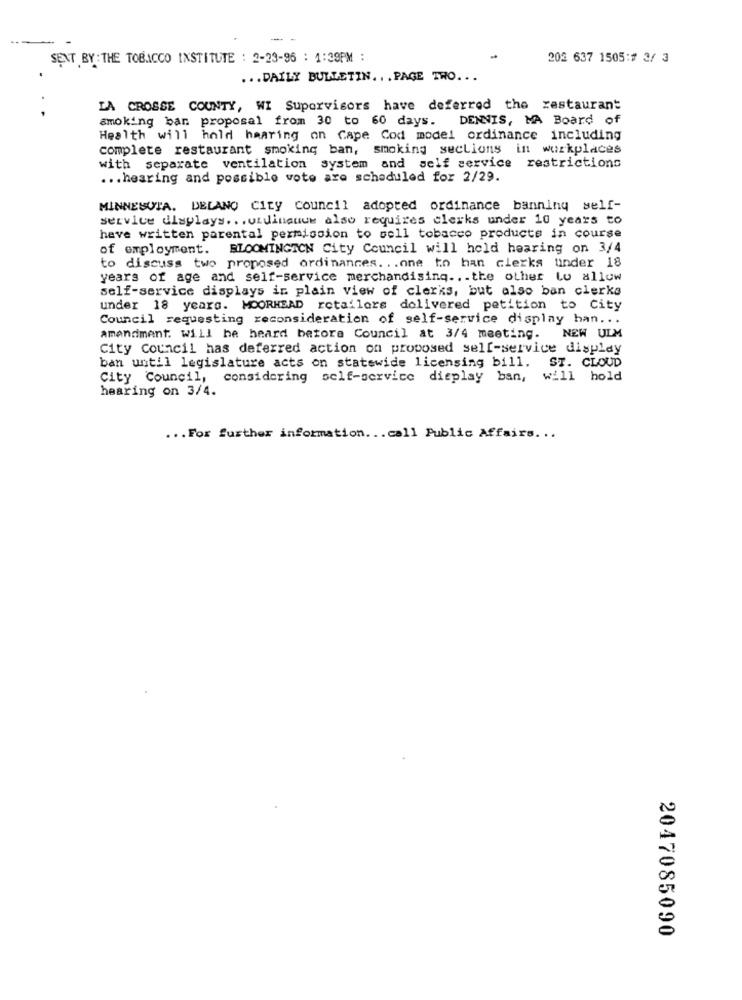
SENT BY : THE TOBACCO INSTITUTE : 2-23-96 : 1:39PM :
202 637 1505:1 3/ 3
... DAILY BULLETIN ... PAGE TRO ...
LA CROSSE COUNTY, WI Supervisors have deferred the restaurant
smoking ban proposal from 30 to 60 days. DENNIS, MA Board of
Health will hold hanring on Cape Cod model ordinance including
complete restaurant smoking ban, smoking sections in workplaces
with separate ventilation system and self service restrictions
... hearing and possible vote are scheduled for 2/29.
MINNESOTA. DELANO City council adopted ordinance banning self-
service displays ... undinauuw also requires clerks under 10 years to
have written parental permission to sell tobacco products in course
of employment. BLOOMINGTON City Council will hold hearing on 3/4
to discuss two proposed ordinances. .. one to han clerks under 18
years of age and self-service merchandising ... the other to allow
self-service displays in plain view of clerks, but also ban clerks
under 18 years. MOORHEAD retailers delivered petition to City
Council requesting reconsideration of self-service display han ...
amendment. Will he heard betora Council at 3/4 meeting. NEW ULM
City Council has deferred action on proposed self-service display
ST. CLOUD
ban until legislature acts on statewide licensing bill.
City Council, considering self-service dieplay ban,
will hold
hearing on 3/4.
... For further information ... call Public Affairs ...
2047085090